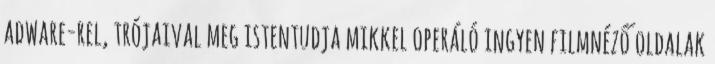
adware-rel, trójaival meg istentudja mikkel operáló ingyen filmnéző oldalak